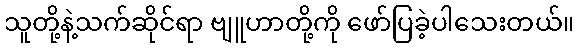
သူတို့နဲ့သက်ဆိုင်ရာ ဗျူဟာတို့ကို ဖော်ပြခဲ့ပါသေးတယ်။